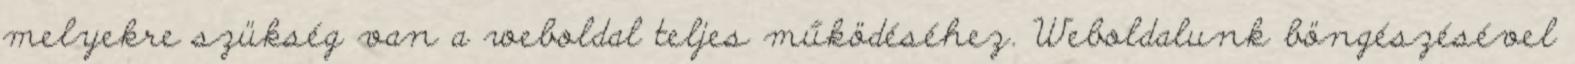
melyekre szükség van a weboldal teljes működéséhez. Weboldalunk böngészésével